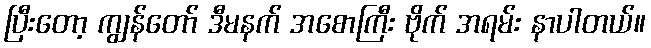
ပြီးတော့ ကျွန်တော် ဒီမနက် အစောကြီး ဗိုက် အရမ်း နာပါတယ်။